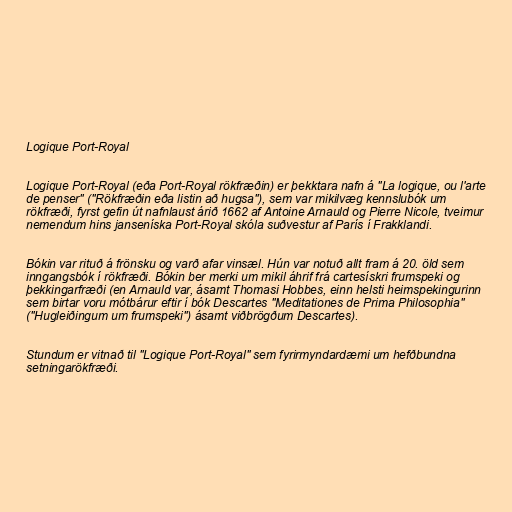
Logique Port-Royal

Logique Port-Royal (eða Port-Royal rökfræðin) er þekktara nafn á "La logique, ou l'arte
de penser" ("Rökfræðin eða listin að hugsa"), sem var mikilvæg kennslubók um
rökfræði, fyrst gefin út nafnlaust árið 1662 af Antoine Arnauld og Pierre Nicole, tveimur
nemendum hins janseníska Port-Royal skóla suðvestur af París í Frakklandi.

Bókin var rituð á frönsku og varð afar vinsæl. Hún var notuð allt fram á 20. öld sem
inngangsbók í rökfræði. Bókin ber merki um mikil áhrif frá cartesískri frumspeki og
þekkingarfræði (en Arnauld var, ásamt Thomasi Hobbes, einn helsti heimspekingurinn
sem birtar voru mótbárur eftir í bók Descartes "Meditationes de Prima Philosophia"
("Hugleiðingum um frumspeki") ásamt viðbrögðum Descartes).

Stundum er vitnað til "Logique Port-Royal" sem fyrirmyndardæmi um hefðbundna
setningarökfræði.